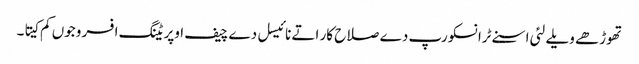
تھوڑھے ویلے لئی اسنے ٹرانسکورپ دے صلاح کار اتے نائیسل دے چیف اوپریٹنگ افسر وجوں کم کیتا۔